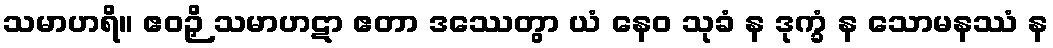
သမာဟရိ။ ဧဝဉှိ သမာဟဋာ ဧတာ ဒဿေတွာ ယံ နေဝ သုခံ န ဒုက္ခံ န သောမနဿံ န